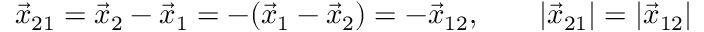
\vec { x } _ { 2 1 } = \vec { x } _ { 2 } - \vec { x } _ { 1 } = - ( \vec { x } _ { 1 } - \vec { x } _ { 2 } ) = - \vec { x } _ { 1 2 } , \qquad | \vec { x } _ { 2 1 } | = | \vec { x } _ { 1 2 } |